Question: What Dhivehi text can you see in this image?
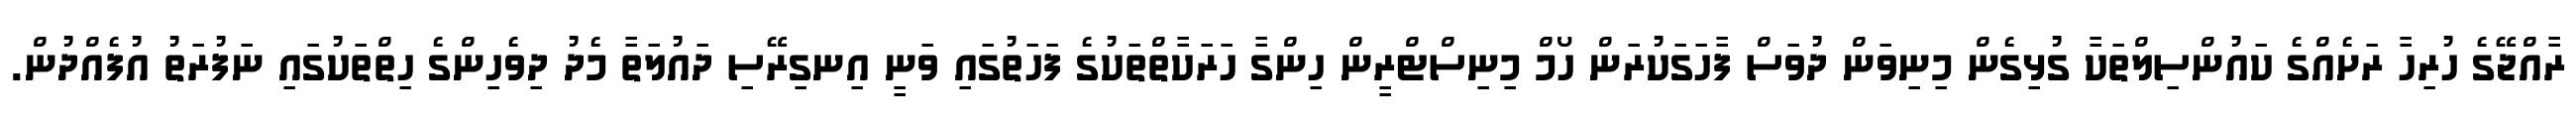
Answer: ރާއްޖޭގެ ހުރިހާ ރަށެއްގެ ކައުންސިލްތަކާ ގުޅިގެން މިނިވަން ދުވަސް ފާހަގަކުރަން ހޯމް މިނިސްޓްރީން ހިންގާ ހަރަކާތްތަކުގެ ފަހަތުގައި ވަނީ އިނގިރޭސި ދައުލަތާ މެދު ދިވެހިންގެ ހިތްތަކުގައި ނަފުރަތު އުފެއްދުން.